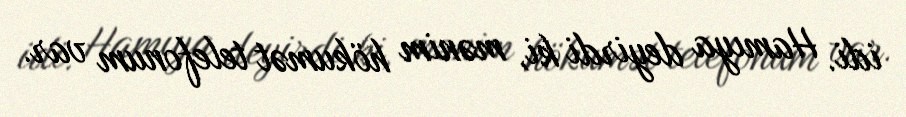
idi. Hamıya deyirdi ki, mənim hökumət telefonum var.